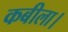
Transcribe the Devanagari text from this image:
कबीला।